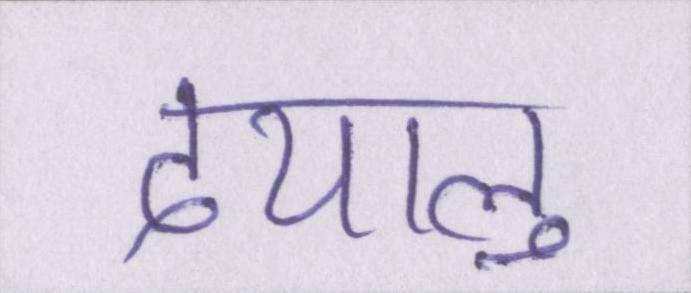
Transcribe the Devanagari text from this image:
दयालु